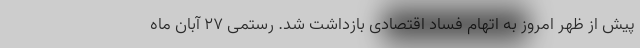
پیش از ظهر امروز به اتهام فساد اقتصادی بازداشت شد. رستمی ۲۷ آبان ماه